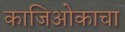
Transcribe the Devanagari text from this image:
काजिओकाचा